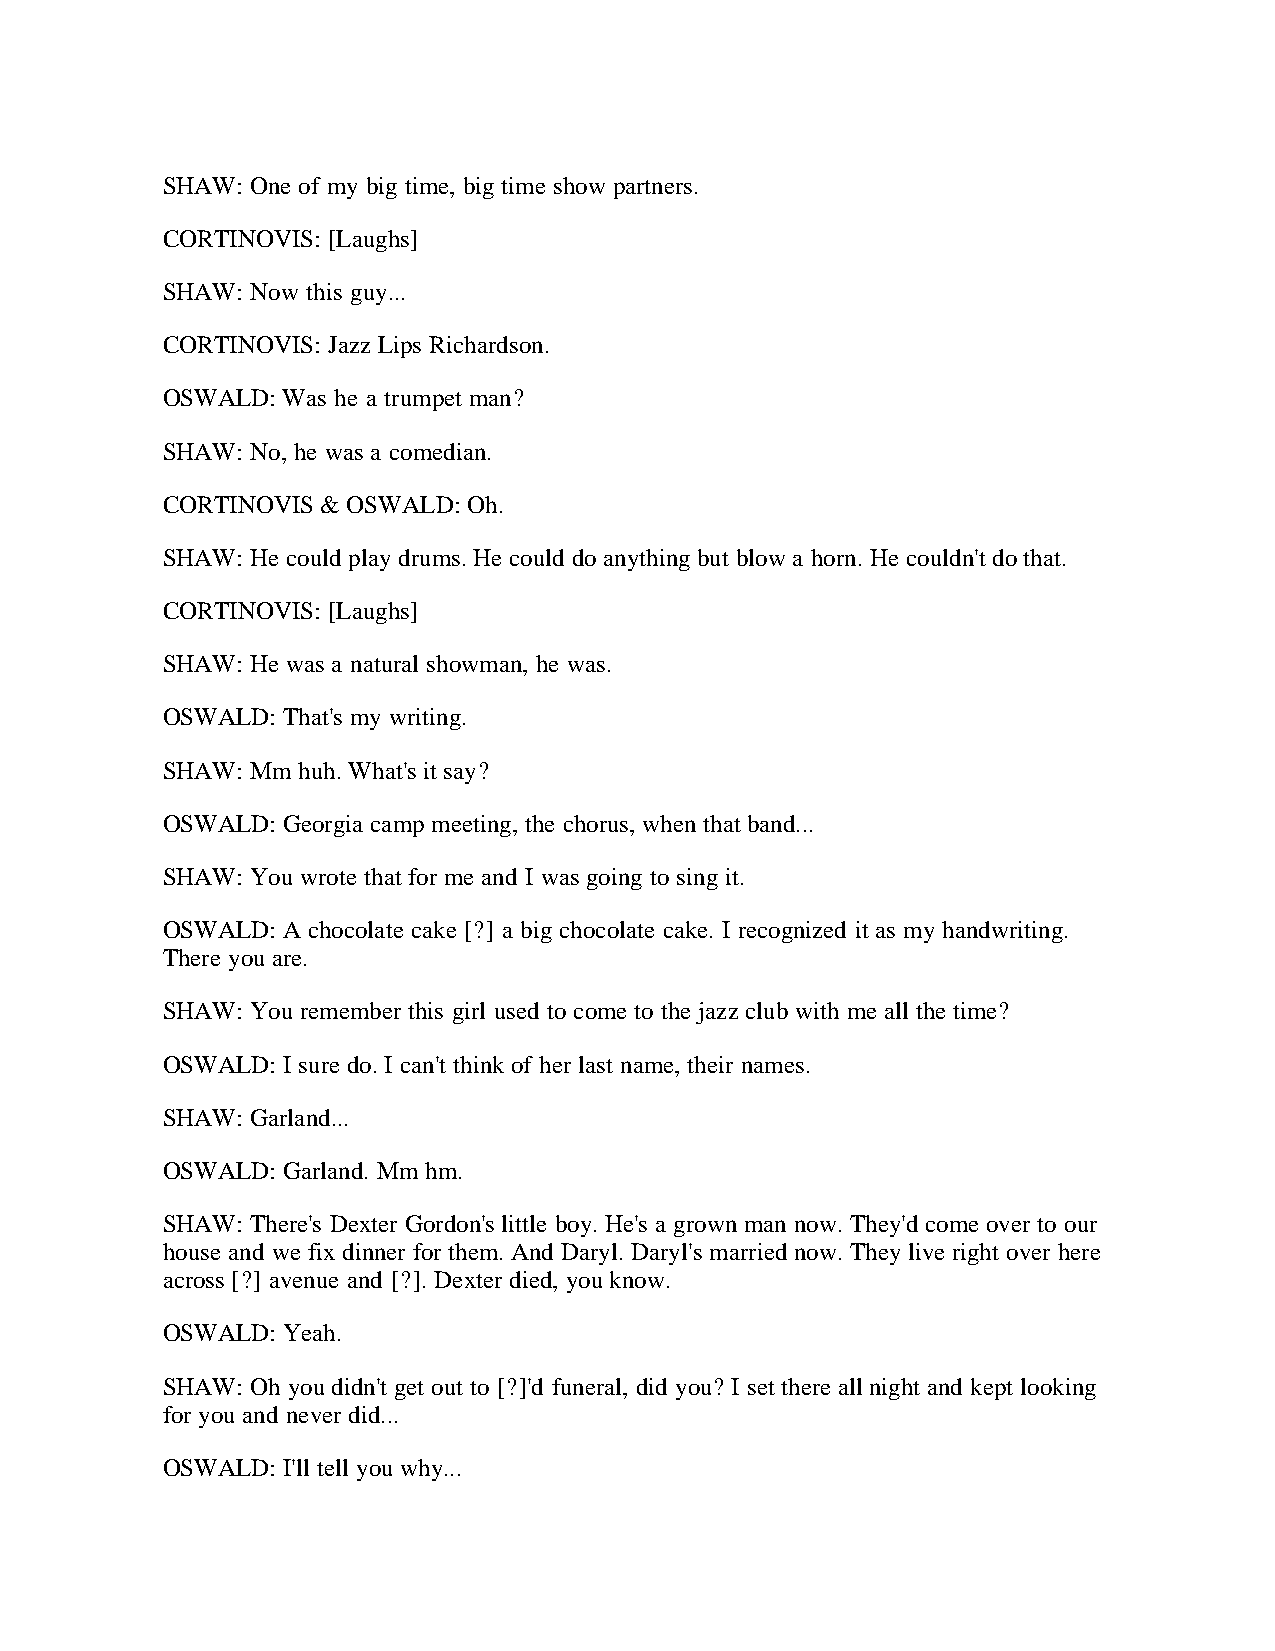
SHAW: One of my big time, big time show partners.
 CORTINOVIS: [Laughs]
 SHAW: Now this guy...
 CORTINOVIS: Jazz Lips Richardson.
 OSWALD: Was he a trumpet man?
 SHAW: No, he was a comedian.
 CORTINOVIS & OSWALD: Oh.
 SHAW: He could play drums. He could do anything but blow a horn. He couldn't do that.
 CORTINOVIS: [Laughs]
 SHAW: He was a natural showman, he was.
 OSWALD: That's my writing.
 SHAW: Mm huh. What's it say?
 OSWALD: Georgia camp meeting, the chorus, when that band...
 SHAW: You wrote that for me and I was going to sing it.
 OSWALD: A chocolate cake [?] a big chocolate cake. I recognized it as my handwriting.
 There you are.
 SHAW: You remember this girl used to come to the jazz club with me all the time?
 OSWALD: I sure do. I can't think of her last name, their names.
 SHAW: Garland...
 OSWALD: Garland. Mm hm.
 SHAW: There's Dexter Gordon's little boy. He's a grown man now. They'd come over to our
 house and we fix dinner for them. And Daryl. Daryl's married now. They live right over here
 across [?] avenue and [?]. Dexter died, you know.
 OSWALD: Yeah.
 SHAW: Oh you didn't get out to [?]'d funeral, did you? I set there all night and kept looking
 for you and never did...
 OSWALD: I'll tell you why...